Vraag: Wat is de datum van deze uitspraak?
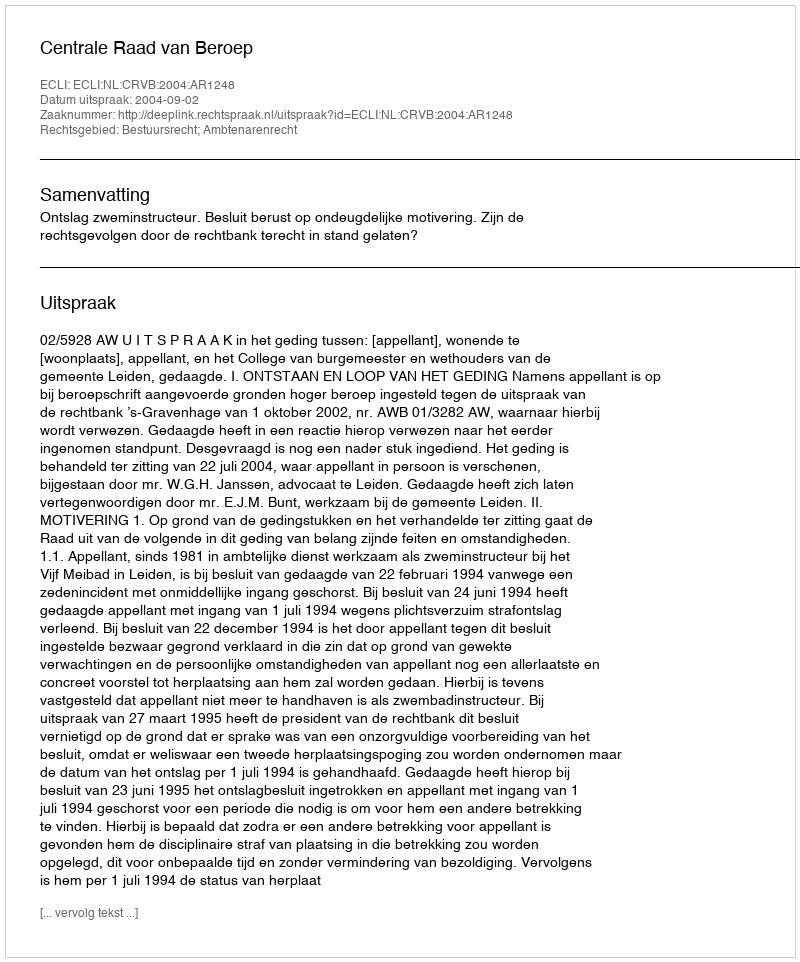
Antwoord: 2004-09-02